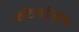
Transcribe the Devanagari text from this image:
कठिनाईपूर्वक